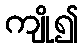
ကျို၍